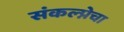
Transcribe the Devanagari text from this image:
संकल्प्नेचा